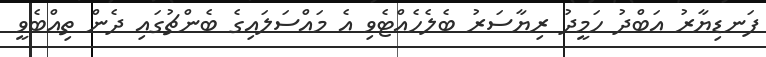
ފަނޑިޔާރު އަބްދު ހަމީދު ރިޔާސަރު ބެލެހެއްޓެވި އެ މައްސަލައިގެ ބެންޗުގައި ދެން ތިއްބެވީ